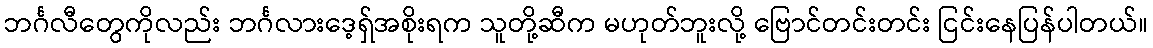
ဘင်္ဂလီတွေကိုလည်း ဘင်္ဂလားဒေ့ရှ်အစိုးရက သူတို့ဆီက မဟုတ်ဘူးလို့ ဗြောင်တင်းတင်း ငြင်းနေပြန်ပါတယ်။